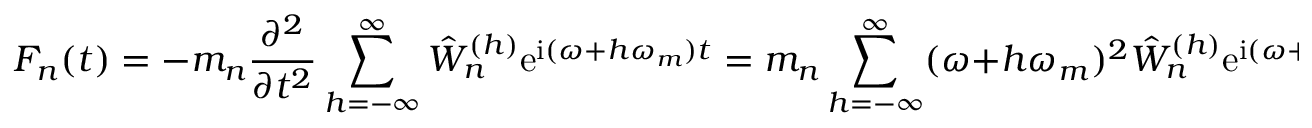
F _ { n } ( t ) = - m _ { n } \frac { \partial ^ { 2 } } { \partial t ^ { 2 } } \sum _ { h = - \infty } ^ { \infty } \hat { W } _ { n } ^ { ( h ) } \mathrm { e } ^ { \mathrm { i } ( \omega + h \omega _ { m } ) t } = m _ { n } \sum _ { h = - \infty } ^ { \infty } ( \omega + h \omega _ { m } ) ^ { 2 } \hat { W } _ { n } ^ { ( h ) } \mathrm { e } ^ { \mathrm { i } ( \omega + h \omega _ { m } ) t } = \sum _ { h = - \infty } ^ { \infty } \hat { F } _ { n } ^ { ( h ) } \mathrm { e } ^ { \mathrm { i } ( \omega + h \omega _ { m } ) t } , \quad h \in \mathbb { Z } ,